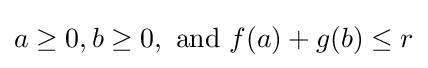
a\geq 0,b\geq 0,{\text{ and }}f(a)+g(b)\leq r